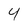
Character: 4